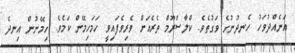
އަނެއްދުވަހު ހެނދުނުގެ ވަގުތެވެ. ކްލާސްރޫމް ތެރެއަށް ވެރިވެފައިވީ ހަމަހިމޭން ކަމެވެ. ހިމޭނުން އިނދެ